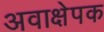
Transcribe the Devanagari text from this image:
अवाक्षेपक